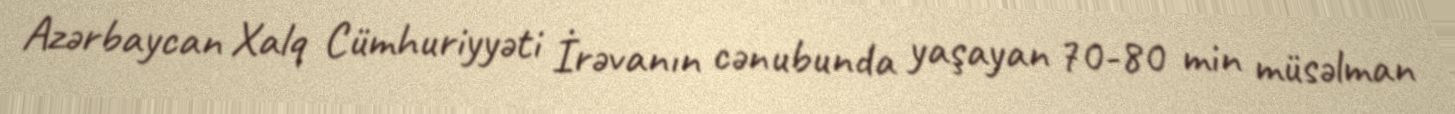
Azərbaycan Xalq Cümhuriyyəti İrəvanın cənubunda yaşayan 70-80 min müsəlman